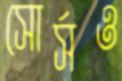
সোর্সও